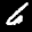
Label: 6